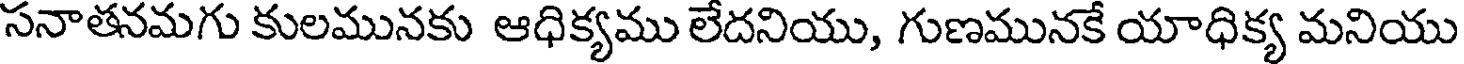
సనాతనమగు కులమునకు ఆధిక్యము లేదనియు, గుణమునకే యాధిక్య మనియు